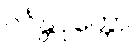
ဝင်္ဂန္တပုတ္တော